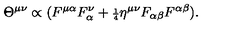
\Theta ^ { \mu \nu } \propto ( F ^ { \mu \alpha } F _ { \alpha } ^ { \nu } + { \scriptstyle \frac { 1 } { 4 } } \eta ^ { \mu \nu } F _ { \alpha \beta } F ^ { \alpha \beta } ) .